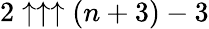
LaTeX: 2\uparrow\uparrow\uparrow(n+3)-3